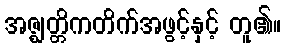
အဇ္ဈတ္တိကတိက်အဖွင့်နှင့် တူ၏။